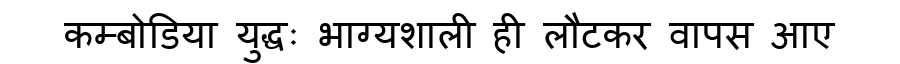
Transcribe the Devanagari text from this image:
कम्बोडिया युद्धः भाग्यशाली ही लौटकर वापस आए